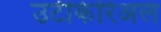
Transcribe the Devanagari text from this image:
उर्टीकेरिअल